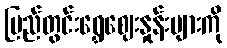
ပြည်တွင်းရွှေဈေးနှုန်းများကို